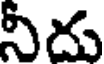
నీదు